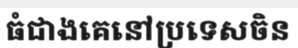
ធំជាងគេនៅប្រទេសចិន